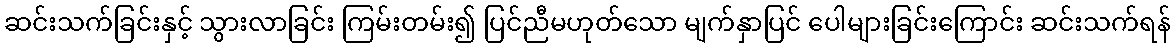
ဆင်းသက်ခြင်းနှင့် သွားလာခြင်း ကြမ်းတမ်း၍ ပြင်ညီမဟုတ်သော မျက်နှာပြင် ပေါများခြင်းကြောင်း ဆင်းသက်ရန်